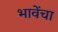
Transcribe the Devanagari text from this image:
भावेंचा